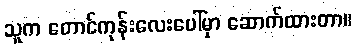
သူက တောင်ကုန်းလေးပေါ်မှာ ဆောက်ထားတာ။